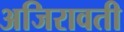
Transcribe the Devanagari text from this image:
अजिरावती